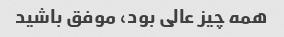
همه چیز عالی بود، موفق باشید